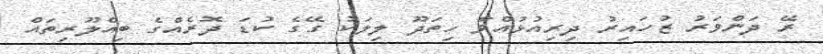
ރޭ ދަންވަރު ޒުހައިރު ދިރިއުޅުއްވާ ހިތަދޫ ލިލަކު ގޭގެ ކުޑަ ދޮރެއްގެ ބިއްލޫރިތައް